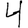
Digit: 4